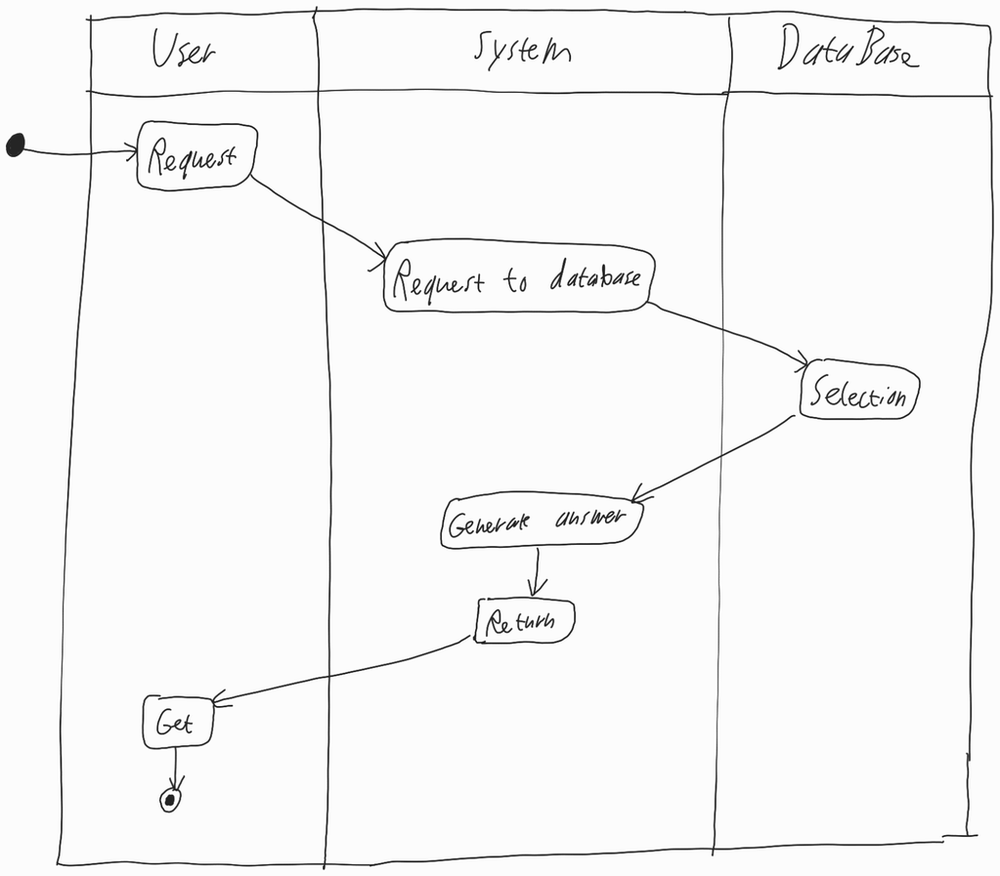
Diagram type: activity_diagram
```plantuml
@startuml

|User|

start

:Request;

|System|

:Request to database;

|DataBase|

:Selection;

:Generate answer;
:Return;

|User|

:Get;

stop

@enduml
```